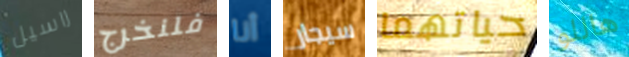
راسيل فلنخرج أنا سيجار حياتهما هاللو